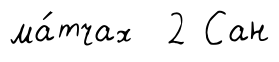
ма́тчах 2 Сан